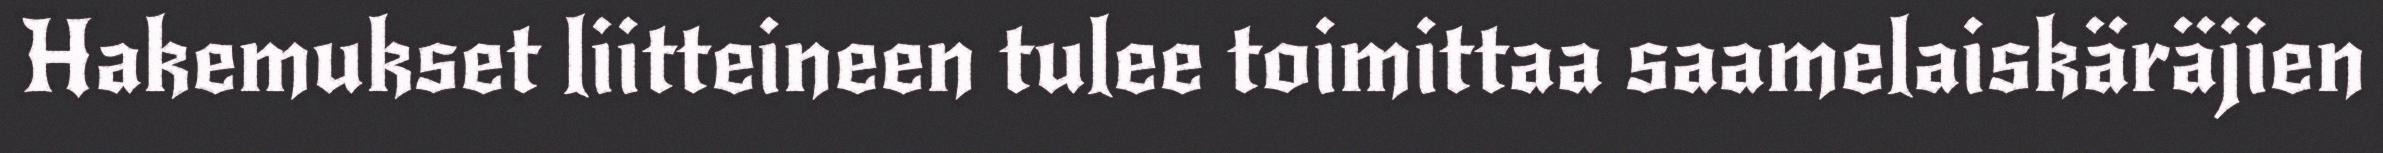
Hakemukset liitteineen tulee toimittaa saamelaiskäräjien